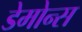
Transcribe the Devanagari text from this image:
डेमोन्स